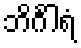
ဘိင်္ဂါရံ